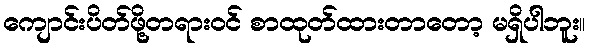
ကျောင်းပိတ်ဖို့တရားဝင် စာထုတ်ထားတာတော့ မရှိပါဘူး။